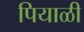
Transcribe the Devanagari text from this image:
पियाळी